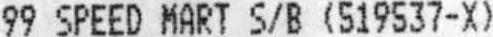
99 SPEED MART S/B (519537-X)